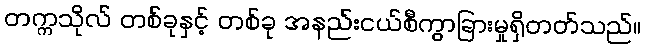
တက္ကသိုလ် တစ်ခုနှင့် တစ်ခု အနည်းငယ်စီကွာခြားမှုရှိတတ်သည်။